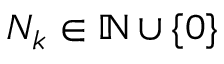
N _ { k } \in \mathbb N \cup \{ 0 \}